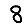
Digit: 8